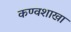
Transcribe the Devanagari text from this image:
कण्वशाखा